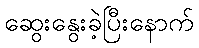
ဆွေးနွေးခဲ့ပြီးနောက်